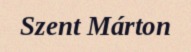
Szent Márton